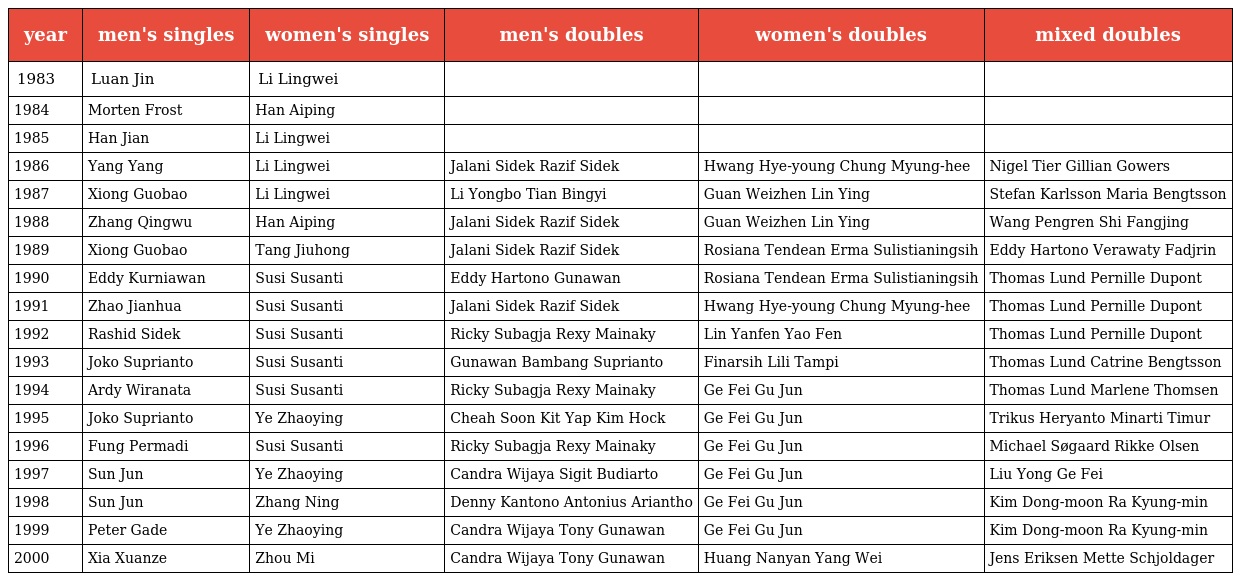
| year | men's singles | women's singles | men's doubles | women's doubles | mixed doubles |
 | --- | --- | --- | --- | --- | --- |
 | 1983 | Luan Jin | Li Lingwei |  |  |  |
 | 1984 | Morten Frost | Han Aiping |  |  |  |
 | 1985 | Han Jian | Li Lingwei |  |  |  |
 | 1986 | Yang Yang | Li Lingwei | Jalani Sidek Razif Sidek | Hwang Hye-young Chung Myung-hee | Nigel Tier Gillian Gowers |
 | 1987 | Xiong Guobao | Li Lingwei | Li Yongbo Tian Bingyi | Guan Weizhen Lin Ying | Stefan Karlsson Maria Bengtsson |
 | 1988 | Zhang Qingwu | Han Aiping | Jalani Sidek Razif Sidek | Guan Weizhen Lin Ying | Wang Pengren Shi Fangjing |
 | 1989 | Xiong Guobao | Tang Jiuhong | Jalani Sidek Razif Sidek | Rosiana Tendean Erma Sulistianingsih | Eddy Hartono Verawaty Fadjrin |
 | 1990 | Eddy Kurniawan | Susi Susanti | Eddy Hartono Gunawan | Rosiana Tendean Erma Sulistianingsih | Thomas Lund Pernille Dupont |
 | 1991 | Zhao Jianhua | Susi Susanti | Jalani Sidek Razif Sidek | Hwang Hye-young Chung Myung-hee | Thomas Lund Pernille Dupont |
 | 1992 | Rashid Sidek | Susi Susanti | Ricky Subagja Rexy Mainaky | Lin Yanfen Yao Fen | Thomas Lund Pernille Dupont |
 | 1993 | Joko Suprianto | Susi Susanti | Gunawan Bambang Suprianto | Finarsih Lili Tampi | Thomas Lund Catrine Bengtsson |
 | 1994 | Ardy Wiranata | Susi Susanti | Ricky Subagja Rexy Mainaky | Ge Fei Gu Jun | Thomas Lund Marlene Thomsen |
 | 1995 | Joko Suprianto | Ye Zhaoying | Cheah Soon Kit Yap Kim Hock | Ge Fei Gu Jun | Trikus Heryanto Minarti Timur |
 | 1996 | Fung Permadi | Susi Susanti | Ricky Subagja Rexy Mainaky | Ge Fei Gu Jun | Michael Søgaard Rikke Olsen |
 | 1997 | Sun Jun | Ye Zhaoying | Candra Wijaya Sigit Budiarto | Ge Fei Gu Jun | Liu Yong Ge Fei |
 | 1998 | Sun Jun | Zhang Ning | Denny Kantono Antonius Ariantho | Ge Fei Gu Jun | Kim Dong-moon Ra Kyung-min |
 | 1999 | Peter Gade | Ye Zhaoying | Candra Wijaya Tony Gunawan | Ge Fei Gu Jun | Kim Dong-moon Ra Kyung-min |
 | 2000 | Xia Xuanze | Zhou Mi | Candra Wijaya Tony Gunawan | Huang Nanyan Yang Wei | Jens Eriksen Mette Schjoldager |